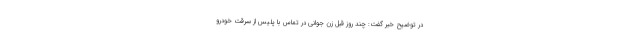
در توضیح خبر گفت: چند روز قبل زن جوانی در تماس با پلیس از سرقت خودرو